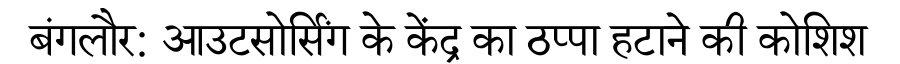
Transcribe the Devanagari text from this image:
बंगलौर: आउटसोर्सिंग के केंद्र का ठप्पा हटाने की कोशिश